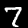
Digit: 7